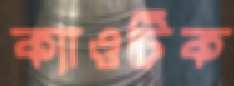
ক্যাওটিক